Indian journal of veterinary science and animal husbandry - Volume 2,
Year: 1932
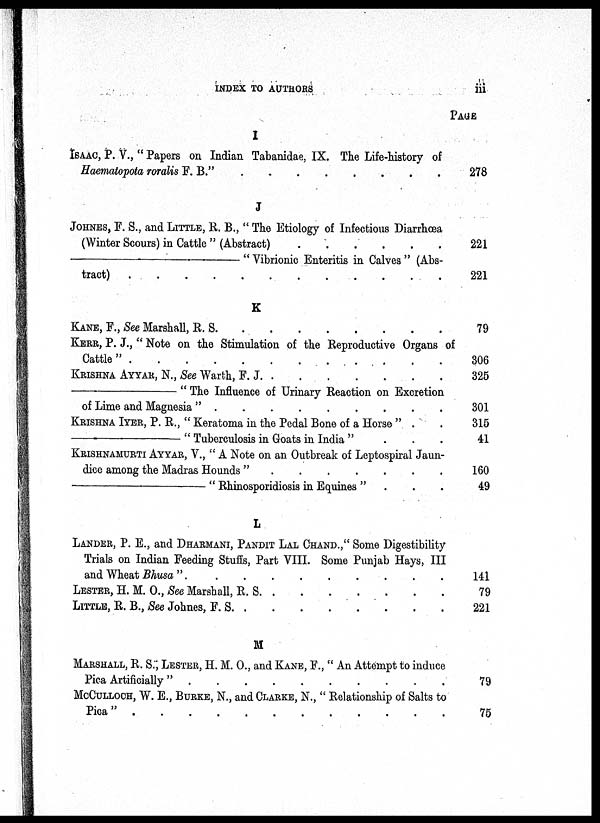
INDEX TO AUTHORS
iii
I
ISAAC, P. V., " Papers on Indian Tabanidae, IX. The Life-history of
Haematopota roralis F. B." . . . . . . . .
J
JOHNES, F. S., and LITTLE, R. B., " The Etiology of Infectious Diarrhœa
(Winter Scours) in Cattle " (Abstract) . . . . . . . .
—"Vibrionic
Enteritis in Calves" (Abs-
tract) . . . . . . . .
K
KANE, F., See Marshall, R. S.
.
.
.
.
.
.
.
.
KERR, P. J., " Note on the Stimulation of the Reproductive Organs of
Cattle"
.
.
.
.
.
.
.
.
KRISHNA AYYAR, N., See Warth, F. J . . . . . . . .
—"
The
Influence of Urinary Reaction on Excretion
of Lime and Magnesia "
.
.
.
.
.
.
.
.
KRISHNA IYER, P. R., " Keratoma in the Pedal Bone of a Horse " . .
—"
Tuberculosis in Goats in India " . . .
KRISHNAMURTI AYYAR, V., " A Note on an Outbreak of Leptospiral Jaun-
dice among the Madras Hounds "
.
.
.
.
.
.
.
.
—"
Rhinosporidiosis in Equines ".
.
.
L
LANDER, P. E., and DHARMANI, PANDIT LAL CHAND.," Some Digestibility
Trials on Indian Feeding Stuffs, Part VIII. Some Punjab Hays, III
and Wheat Bhusa "
.
.
.
.
.
.
.
.
LESTER, H. M. O., See Marshall, R. S.
.
.
.
.
.
.
.
.
LITTLE, R. B., See Johnes, F. S. . . . . . . . .
M
MARSHALL, R. S., LESTER, H. M. O., and KANE, F., " An Attempt to induce
Pica Artificially " . . . . . . . .
MCCULLOCH, W. E., BURKE, N., and CLARKE, N., " Relationship of Salts to
Pica"
.
.
.
.
.
.
.
.
PAGE
278
221
221
79
306
325
301
315
41
160
49
141
79
221
79
75